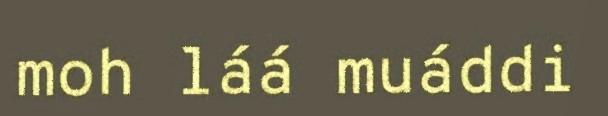
moh láá muáddi